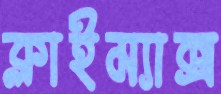
ক্লাইম্যাক্স